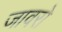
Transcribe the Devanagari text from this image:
जावरो